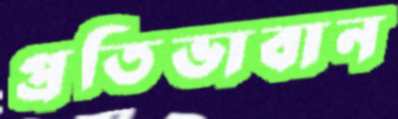
প্রতিভাবান